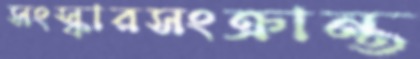
সংস্কারসংক্রান্ত